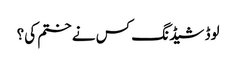
لوڈ شیڈنگ کس نے ختم کی؟